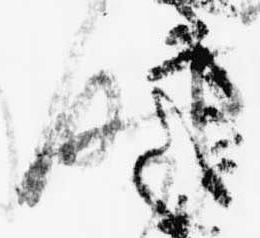
時